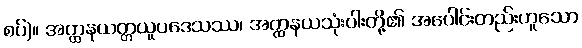
စပ်)။ အတ္ထနယတ္တယူပဒေသဿ၊ အတ္ထနယသုံးပါးတို့၏ အပေါင်းတည်းဟူသော